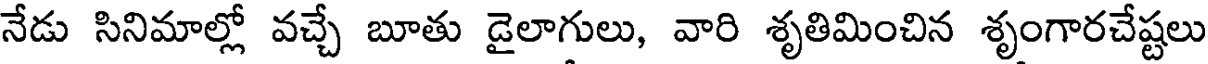
నేడు సినిమాల్లో వచ్చే బూతు డైలాగులు, వారి శృతిమించిన శృంగారచేష్టలు